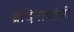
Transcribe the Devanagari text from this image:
ब्रदिनाथांची